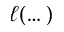
\ell ( \dots )